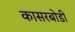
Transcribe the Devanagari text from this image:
कासरबोडी